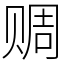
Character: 赒